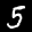
Label: 5